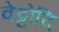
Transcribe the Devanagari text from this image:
वेट्टोदि